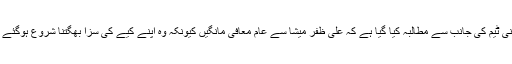
قانونی ٹیم کی جانب سے مطالبہ کیا گیا ہے کہ علی ظفر میشا سے عام معافی مانگیں کیونکہ وہ اپنے کیے کی سزا بھگتنا شروع ہوگئے ہیں۔